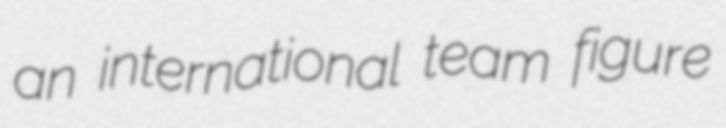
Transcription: an international team figure